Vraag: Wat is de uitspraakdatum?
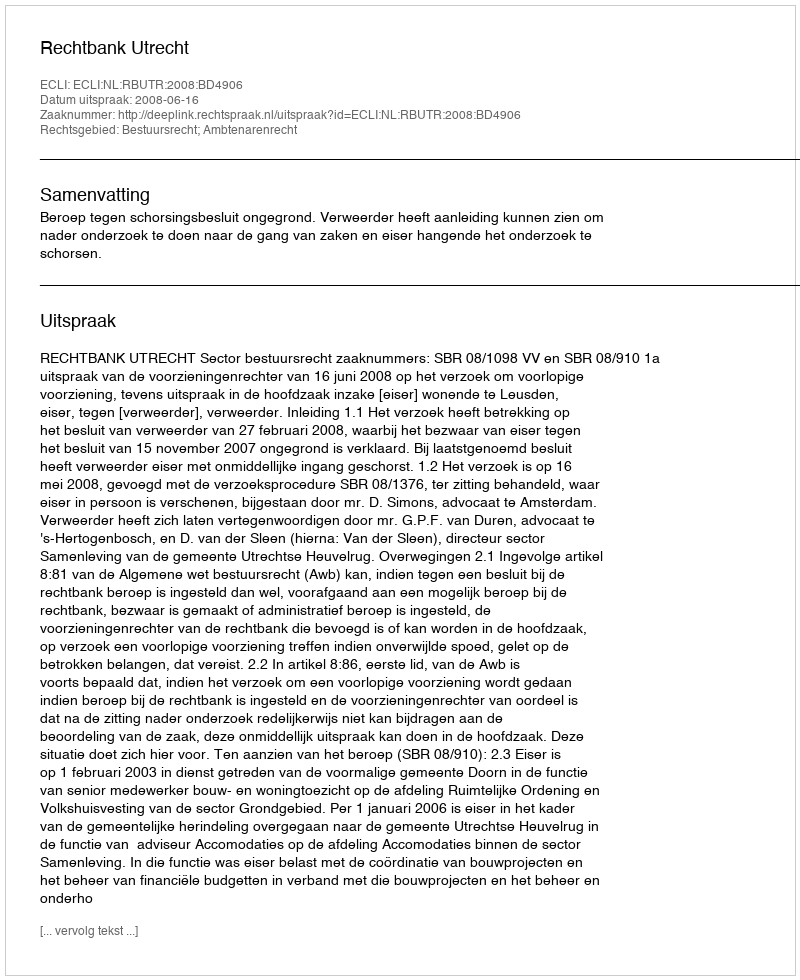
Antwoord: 2008-06-16